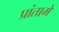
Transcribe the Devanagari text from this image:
प्रांतामे